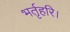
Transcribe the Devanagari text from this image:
भर्तृहरि।